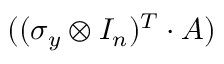
( ( \sigma _ { y } \otimes I _ { n } ) ^ { T } \cdot A )